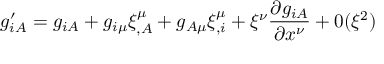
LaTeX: g _ { i A } ^ { \prime } = g _ { i A } + g _ { i \mu } \xi _ { , A } ^ { \mu } + g _ { A \mu } \xi _ { , i } ^ { \mu } + \xi ^ { \nu } \frac { \partial g _ { i A } } { \partial x ^ { \nu } } + 0 ( \xi ^ { 2 } )